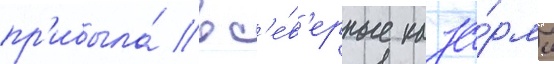
пр'ибыла́ в с'е́в'ерные каза́рмы